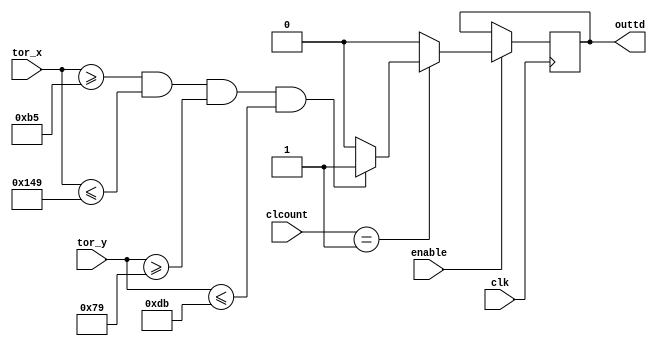
module TOUCH_DRAW2_3(
	input wire clk,
//	input wire reset,	
//	input wire switch,
	input wire [1:0]clcount,
	input wire enable,

	input wire [9:0]tor_x,
	input wire [8:0]tor_y,

	
	output reg outtd
	
	);
	
parameter[9:0] x1 = 11'd181;
parameter[9:0] x2 = 11'd329;
parameter[8:0] y1 = 11'd121;
parameter[8:0] y2 = 11'd219;


always @ (posedge clk)
	begin
		if (enable == 1)
		begin
			if (clcount == 1) 
			begin
				if ((tor_x[9:0]>=x1)&&(tor_x[9:0]<=x2)&&(tor_y[8:0]>=y1)&&(tor_y[8:0]<=y2))
						outtd = 1;
					else
						outtd = 0;
			end
				else
					outtd = 0;
		end
			else
			outtd = outtd;
	end	
endmodule